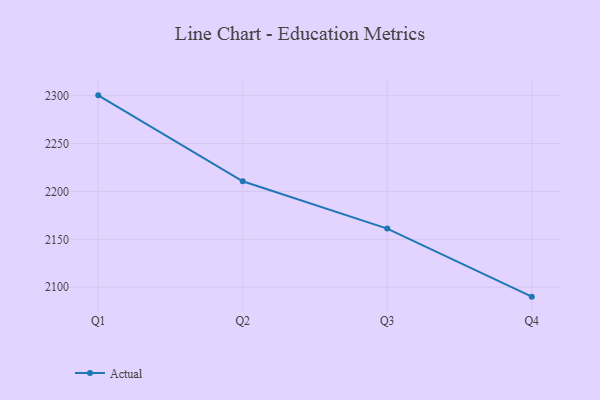
{"axis": {"x": "Quarter", "y": "Backlog"}, "legend": ["Actual"], "data": [{"x": "Q1", "y": 2300.4, "type": "Actual"}, {"x": "Q2", "y": 2210.6, "type": "Actual"}, {"x": "Q3", "y": 2161.2, "type": "Actual"}, {"x": "Q4", "y": 2090.1, "type": "Actual"}]}